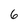
Character: 6